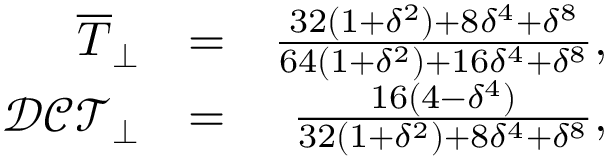
\begin{array} { r l r } { \overline { { T } } _ { \perp } } & { = } & { \frac { 3 2 ( 1 + \delta ^ { 2 } ) + 8 \delta ^ { 4 } + \delta ^ { 8 } } { 6 4 ( 1 + \delta ^ { 2 } ) + 1 6 \delta ^ { 4 } + \delta ^ { 8 } } , } \\ { \mathcal { D C T } _ { \perp } } & { = } & { \frac { 1 6 ( 4 - \delta ^ { 4 } ) } { 3 2 \left( 1 + \delta ^ { 2 } \right) + 8 \delta ^ { 4 } + \delta ^ { 8 } } , } \end{array}